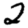
Digit: 2